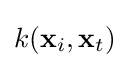
k(\mathbf {x} _{i},\mathbf {x} _{t})